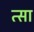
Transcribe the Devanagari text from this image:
त्सा